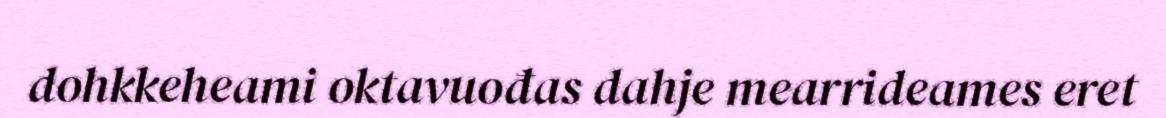
dohkkeheami oktavuođas dahje mearrideames eret